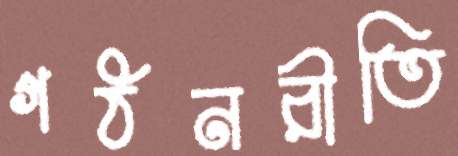
গঠনরীতি